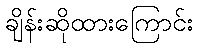
ချိန်းဆိုထားကြောင်း